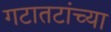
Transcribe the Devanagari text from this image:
गटातटांच्या